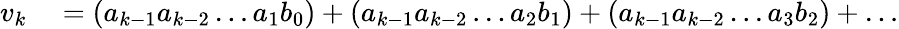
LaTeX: \begin{array}{rl}{v_{k}}&{{}=(a_{k-1}a_{k-2}\dots a_{1}b_{0})+(a_{k-1}a_{k-2}\dots a_{2}b_{1})+(a_{k-1}a_{k-2}\dots a_{3}b_{2})+\dots}\end{array}